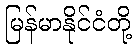
မြန်မာနိုင်ငံတို့